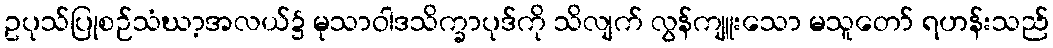
ဥပုသ်ပြုစဉ်သံဃာ့အလယ်၌ မုသာဝါဒသိက္ခာပုဒ်ကို သိလျက် လွန်ကျူးသော မသူတော် ရဟန်းသည်